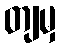
တျမှ